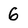
Character: 6